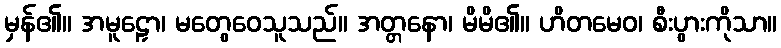
မှန်၏။ အမူဠှော၊ မတွေဝေသူသည်။ အတ္တနော၊ မိမိ၏။ ဟိတမေဝ၊ စီးပွားကိုသာ။